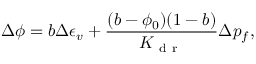
\Delta \phi = b \Delta \epsilon _ { v } + \frac { ( b - \phi _ { 0 } ) ( 1 - b ) } { K _ { \mathrm { ~ d ~ r ~ } } } \Delta p _ { f } ,